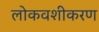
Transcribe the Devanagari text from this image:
लोकवशीकरण